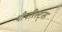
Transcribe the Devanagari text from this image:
थीयरिस्ट्स